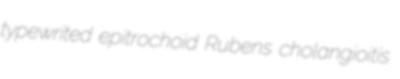
typewrited epitrochoid Rubens cholangioitis